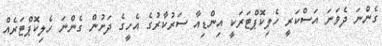
ގެންނަ ދެވަނަ އަސްކަރީ ހެލިކޮޕްޓަރަކީ އިންޑިއާ ސަރުކާރުގެ އެހީގެ ދަށުން ގެންނަ ހެލިކޮޕްޓަރެއް